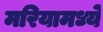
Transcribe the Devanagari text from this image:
मरियामध्ये